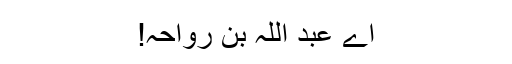
اے عبد اللہ بن رواحہ!